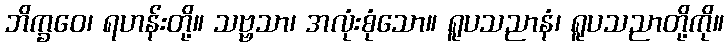
ဘိက္ခဝေ၊ ရဟန်းတို့။ သဗ္ဗသာ၊ အလုံးစုံသော။ ရူပသညာနံ၊ ရူပသညာတို့ကို။